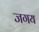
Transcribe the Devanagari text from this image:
जगय